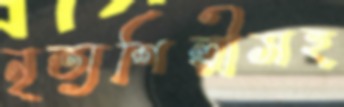
নৃত্যশিল্পীসহ